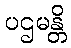
ပဌမန္တိ